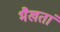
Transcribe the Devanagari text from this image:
भैखतां